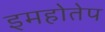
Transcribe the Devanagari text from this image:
इमहोतेप